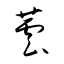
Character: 蕓